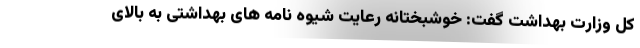
کل وزارت بهداشت گفت: خوشبختانه رعایت شیوه نامه های بهداشتی به بالای